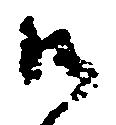
御